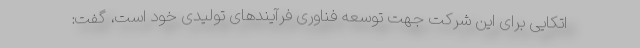
اتکایی برای این شرکت جهت توسعه فناوری فرآیندهای تولیدی خود است، گفت: